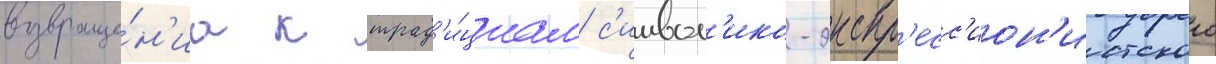
возвраще́н'иа к трад'и́циам с'имвол'ико-экспр'есс'ион'истского